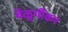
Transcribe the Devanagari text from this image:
बेळूर्गीकर